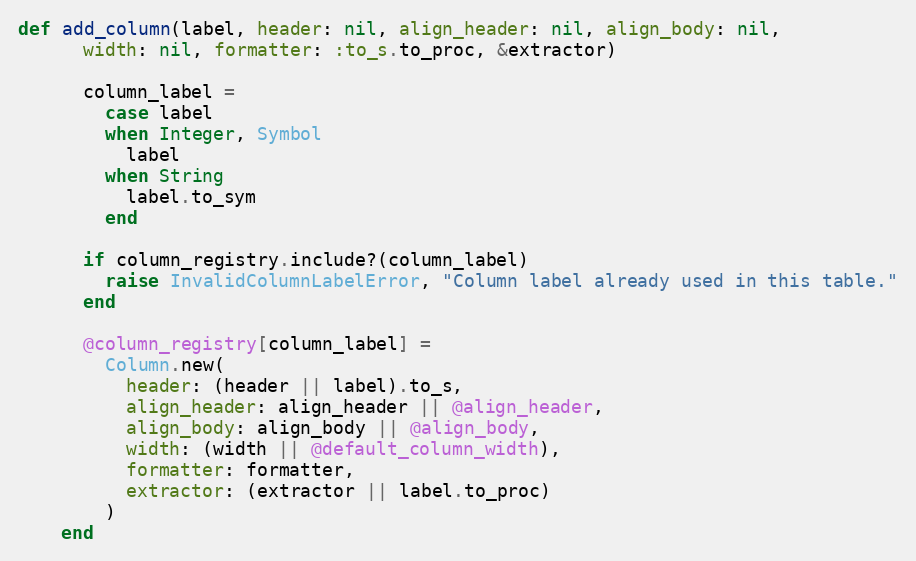
Language: Ruby
def add_column(label, header: nil, align_header: nil, align_body: nil,
      width: nil, formatter: :to_s.to_proc, &extractor)

      column_label =
        case label
        when Integer, Symbol
          label
        when String
          label.to_sym
        end

      if column_registry.include?(column_label)
        raise InvalidColumnLabelError, "Column label already used in this table."
      end

      @column_registry[column_label] =
        Column.new(
          header: (header || label).to_s,
          align_header: align_header || @align_header,
          align_body: align_body || @align_body,
          width: (width || @default_column_width),
          formatter: formatter,
          extractor: (extractor || label.to_proc)
        )
    end